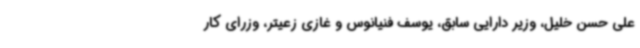
علی حسن خلیل، وزیر دارایی سابق، یوسف فنیانوس و غازی زعیتر، وزرای کار